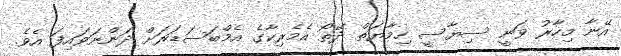
އޭނާ މިހާރު ވަނީ ސިޔާސީ ހިމާޔަތް ދޭތޯ އެމެރިކާގެ އެމްބަސަޑަރަށް ދަންނަވައިފަ އެވެ.